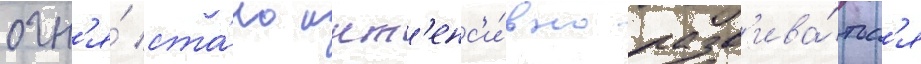
огн'я́ ста́ло инт'енс'и́вно разв'ива́тьс'я